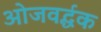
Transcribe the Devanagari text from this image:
ओजवर्द्धक